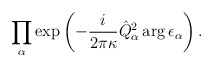
\begin{align*}\prod_\alpha \exp\left(-\frac{i}{2\pi\kappa}\hat Q^2_\alpha\arg\epsilon_\alpha\right).\end{align*}